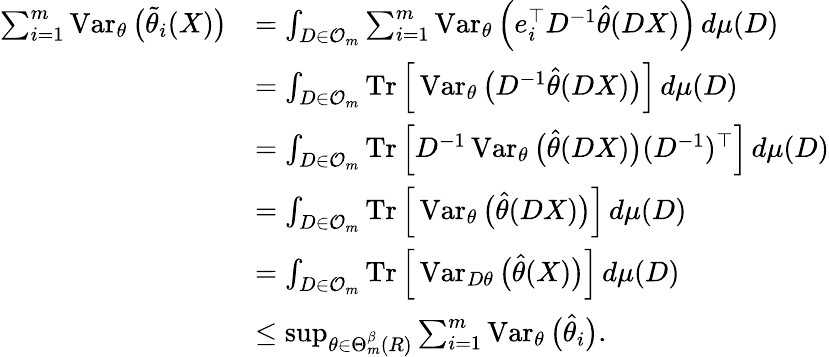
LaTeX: \begin{array}{rl}{\sum_{i=1}^{m}\operatorname{Var}_{\theta}\big(\widetilde\theta_{i}(X)\big)}&{=\int_{D\in\mathcal{O}_{m}}\sum_{i=1}^{m}\operatorname{Var}_{\theta}\Big(e_{i}^{\top}D^{-1}\widehat\theta(DX)\Big)\, d\mu(D)}\\ &{=\int_{D\in\mathcal{O}_{m}}\operatorname{Tr}\Big[\operatorname{Var}_{\theta}\big(D^{-1}\widehat\theta(DX)\big)\Big]\, d\mu(D)}\\ &{=\int_{D\in\mathcal{O}_{m}}\operatorname{Tr}\Big[D^{-1}\operatorname{Var}_{\theta}\big(\widehat\theta(DX)\big)(D^{-1})^{\top}\Big]\, d\mu(D)}\\ &{=\int_{D\in\mathcal{O}_{m}}\operatorname{Tr}\Big[\operatorname{Var}_{\theta}\big(\widehat\theta(DX)\big)\Big]\, d\mu(D)}\\ &{=\int_{D\in\mathcal{O}_{m}}\operatorname{Tr}\Big[\operatorname{Var}_{D\theta}\big(\widehat\theta(X)\big)\Big]\, d\mu(D)}\\ &{\leq\operatorname*{sup}_{\theta\in\Theta_{m}^{\beta}(R)}\sum_{i=1}^{m}\operatorname{Var}_{\theta}\big(\widehat\theta_{i}\big).}\end{array}